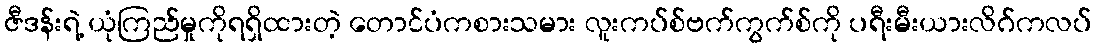
ဇီဒန်းရဲ့ ယုံကြည်မှုကိုရရှိထားတဲ့ တောင်ပံကစားသမား လူးကပ်စ်ဗက်ကွက်စ်ကို ပရီးမီးယားလိဂ်ကလပ်